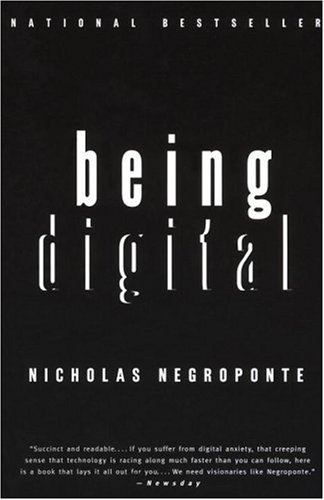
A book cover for Being Digital; Nicholas Negroponte; Computers & Technology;